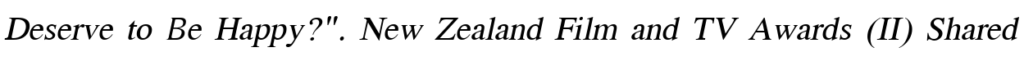
Deserve to Be Happy?". New Zealand Film and TV Awards (II) Shared